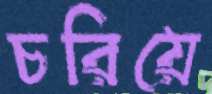
চরিয়ে